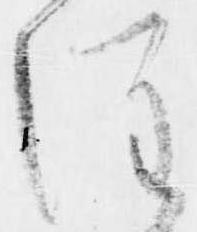
注